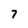
Character: 7